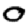
Digit: 0